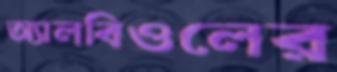
অ্যালবিওলের